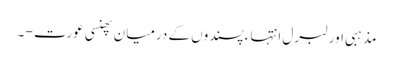
مذہبی اور لبرل انتہاء پسندوں کے درمیان پھنسی عورت - ۔